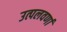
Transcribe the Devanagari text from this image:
उत्पलवर्णा